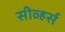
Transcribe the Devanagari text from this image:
सीव्हर्स